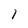
Character: 1